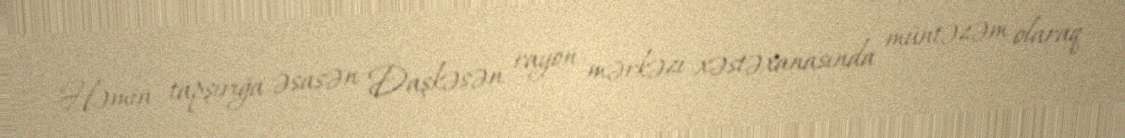
Həmin tapşırığa əsasən Daşkəsən rayon mərkəzi xəstəxanasında müntəzəm olaraq